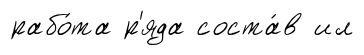
рабо́та р'яда соста́в ил